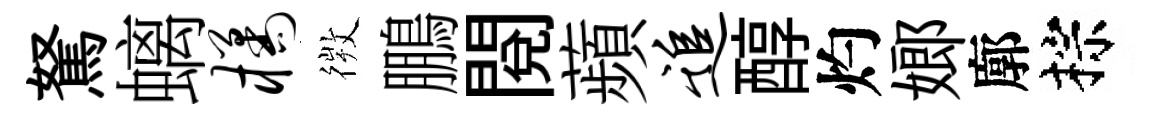
駑螭橘𢕄鵬閲蘋追醇灼嫏廓棕